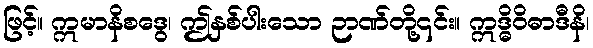
ဖြင့်။ ဣမာနိစဒွေ၊ ဤနှစ်ပါးသော ဉာဏ်တို့၎င်း။ ဣဒ္ဓိဝိဓာဒီနိ၊